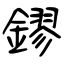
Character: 鏐